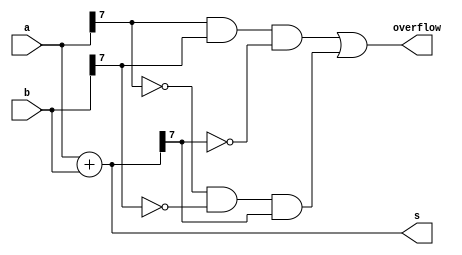
module top_module (
    input [7:0] a,
    input [7:0] b,
    output [7:0] s,
    output overflow
); //   If both numbers are +ve and result is-ve or vise versa, overflow occurs
    assign s = a+b;
    assign overflow = a[7]&&b[7]&&(~s[7]) || (~a[7])&&(~b[7])&&(s[7]);

endmodule